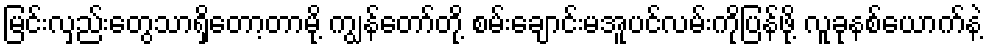
မြင်းလှည်းတွေသာရှိတော့တာမို့ ကျွန်တော်တို့ စမ်းချောင်းမအူပင်လမ်းကိုပြန်ဖို့ လူခုနစ်ယောက်နဲ့